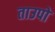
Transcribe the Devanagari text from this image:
ताउपो